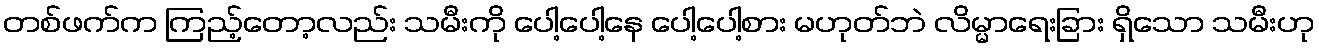
တစ်ဖက်က ကြည့်တော့လည်း သမီးကို ပေါ့ပေါ့နေ ပေါ့ပေါ့စား မဟုတ်ဘဲ လိမ္မာရေးခြား ရှိသော သမီးဟု